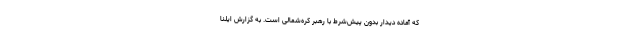
که آماده دیدار بدون پیش‌شرط با رهبر کره‌شمالی است. به گزارش ایلنا